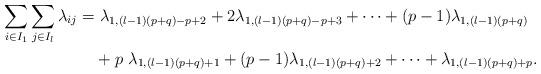
LaTeX: \begin{align*}\sum_{i\in I_1}\sum_{j\in I_l} \lambda_{ij}=&~\lambda_{1,(l-1)(p+q)-p+2}+2\lambda_{1,(l-1)(p+q)-p+3}+\cdots+(p-1)\lambda_{1,(l-1)(p+q)}\\&+ p~ \lambda_{1,(l-1)(p+q)+1}+(p-1)\lambda_{1,(l-1)(p+q)+2}+\cdots+ \lambda_{1,(l-1)(p+q)+p}.\end{align*}